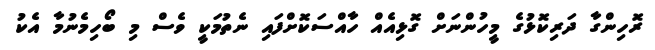
ރޮހިންގާ ދަރިކޮޅުގެ މީހުންނަށް ގޮޅިއެއް ހާއްސަކޮށްފައި ނެތުމަކީ ވެސް މި ބޯހިމެނުމާ އެކު